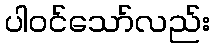
ပါဝင်သော်လည်း